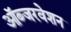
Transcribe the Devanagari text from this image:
ऑब्जरवेशन